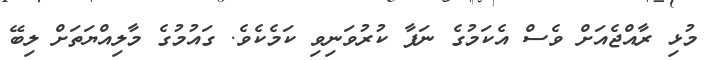
މުޅި ރާއްޖެއަށް ވެސް އެކަމުގެ ނަފާ ކުރުވަނިވި ކަމެކެވެ. ގައުމުގެ މާލިއްޔަތަށް ލިބޭ